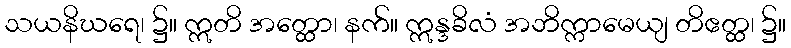
သယနိဃရေ၊ ၌။ ဣတိ အတ္ထော၊ နက်။ ဣန္ဒခိလံ အဘိက္ကာမေယျ တိဧတ္ထ၊ ၌။